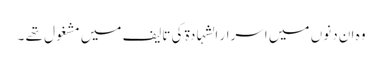
وہ ان دنوں میں اسرار الشہادۃ کی تالیف میں مشغول تھے ۔